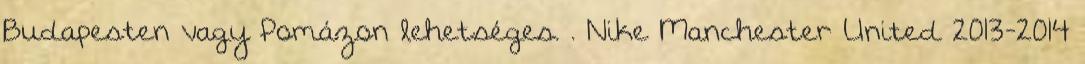
Budapesten vagy Pomázon lehetséges. . Nike Manchester United 2013-2014